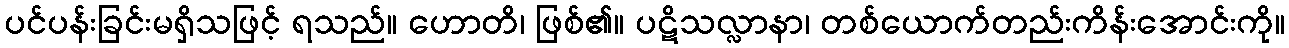
ပင်ပန်းခြင်းမရှိသဖြင့် ရသည်။ ဟောတိ၊ ဖြစ်၏။ ပဋိသလ္လာနာ၊ တစ်ယောက်တည်းကိန်းအောင်းကို။